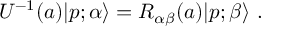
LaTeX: U ^ { - 1 } ( a ) | p ; \alpha \rangle = { \cal { R } } _ { \alpha \beta } ( a ) | p ; \beta \rangle ~ .